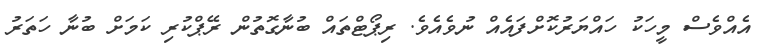
އެއްވެސް މީހަކު ހައްޔަރުކޮށްފައެއް ނުވެއެވެ. ރިޕޯޓްތައް ބުނާގޮތުން ރޭޕްކުރި ކަމަށް ބުނާ ހަތަރު